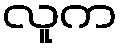
လူက